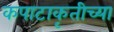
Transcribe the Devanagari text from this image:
कपाटाकृतीच्या